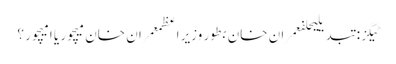
ٹیگز: تبدیلیحلفعمران خان بطور وزیر اعظمعمران خان میچور یا امیچور ؟